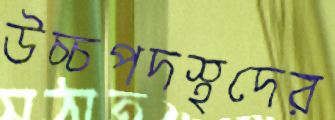
উচ্চপদস্থদের